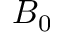
B _ { 0 }